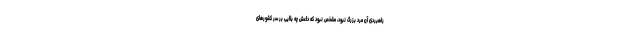
راهبردی آن مرد بزرگ نبود، مشخص نبود که داعش چه بلایی بر سر کشورهای